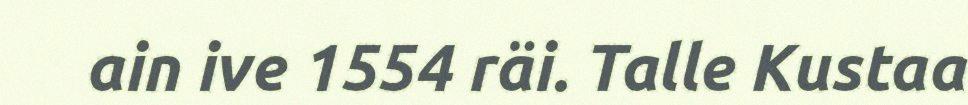
ain ive 1554 räi. Talle Kustaa